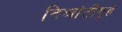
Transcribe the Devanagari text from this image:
विश्रांतीगृहे